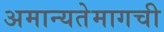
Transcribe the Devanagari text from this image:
अमान्यतेमागची